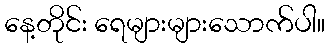
နေ့တိုင်း ရေများများသောက်ပါ။